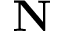
\mathbf { N }